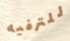
للترفيه